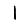
Digit: 1